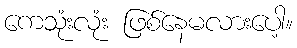
ကေသုံးလုံး ဖြစ်နေမလားပေါ့။